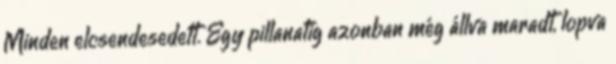
Minden elcsendesedett. Egy pillanatig azonban még állva maradt, lopva